Annual report of the Punjab Veterinary College and of the Civil Veterinary Department, Punjab - 1909-1919
Year: 1909
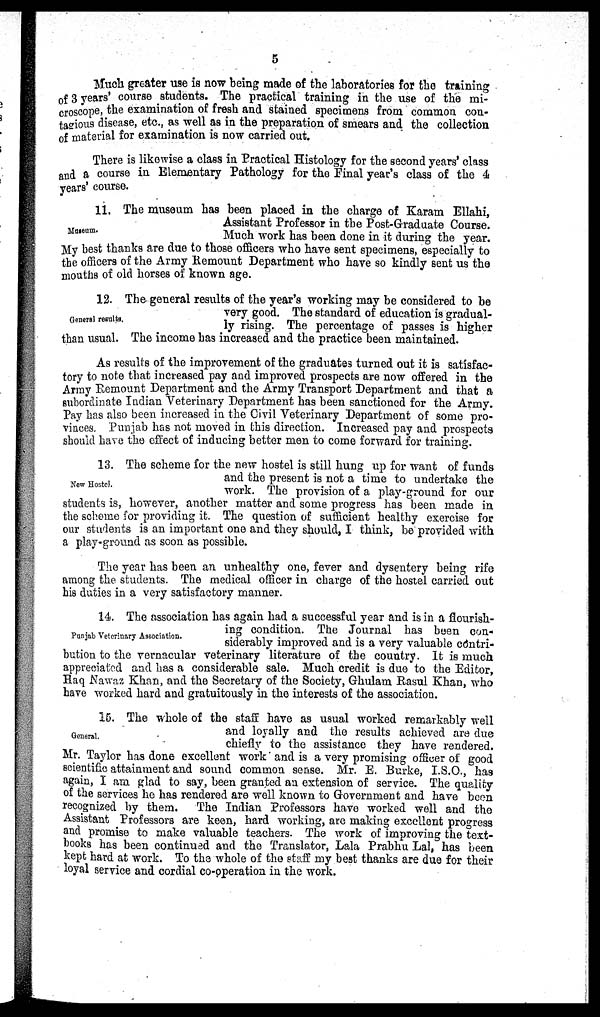
5
Much greater use is now being made of the laboratories for the training
of 3 years' course students. The practical training in the use of the mi-
croscope, the examination of fresh and stained specimens from common con-
tagious disease, etc., as well as in the preparation of smears and the collection
of material for examination is now carried out.
There is likewise a class in Practical Histology for the second years' class
and a course in Elementary Pathology for the Final year's class of the 4
years' course.
Museum.
11. The museum has been placed in the charge of Karam Ellahi,
Assistant Professor in the Post-Graduate Course.
Much work has been done in it during the year.
My best thanks are due to those officers who have sent specimens, especially to
the officers of the Army Remount Department who have so kindly sent us the
mouths of old horses of known age.
General results.
12. The general results of the year's working may be considered to be
very good. The standard of education is gradual-
ly rising. The percentage of passes is higher
than usual. The income has increased and the practice been maintained.
As results of the improvement of the graduates turned out it is satisfac-
tory to note that increased pay and improved prospects are now offered in the
Army Remount Department and the Army Transport Department and that a
subordinate Indian Veterinary Department has been sanctioned for the Army.
Pay has also been increased in the Civil Veterinary Department of some pro-
vinces. Punjab has not moved in this direction. Increased pay and prospects
should have the effect of inducing better men to come forward for training.
New Hostel.
13. The scheme for the new hostel is still hung up for want of funds
and the present is not a time to undertake the
work. The provision of a play-ground for our
students is, however, another matter and some progress has been made in
the scheme for providing it. The question of sufficient healthy exercise for
our students is an important one and they should, I think, be provided with
a play-ground as soon as possible.
The year has been an unhealthy one, fever and dysentery being rife
among the students. The medical officer in charge of the hostel carried out
his duties in a very satisfactory manner.
Punjab Veterinary Associotion.
14. The association has again had a successful year and is in a flourish-
ing condition. The Journal has been con-
siderably improved and is a very valuable contri-
bution to the vernacular veterinary literature of the country. It is much
appreciated and has a considerable sale. Much credit is due to the Editor,
Haq Nawaz Khan, and the Secretary of the Society, Ghulam Rasul Khan, who
have worked hard and gratuitously in the interests of the association.
General.
15. The whole of the staff have as usual worked remarkably well
and loyally and the results achieved are due
chiefly to the assistance they have rendered.
Mr. Taylor has done excellent work and is a very promising officer of good
scientific attainment and sound common sense. Mr. E. Burke, I.S.O., has
again, I am glad to say, been granted an extension of service. The quality
of the services he has rendered are well known to Government and have been
recognized by them.
The Indian Professors have worked well and the
Assistant Professors are keen, hard working, are making excellent progress
and promise to make valuable teachers. The work of improving the text-
books has been continued and the Translator, Lala Prabhu Lal, has been
kept hard at work. To the whole of the staff my best thanks are due for their
loyal service and cordial co-operation in the work.